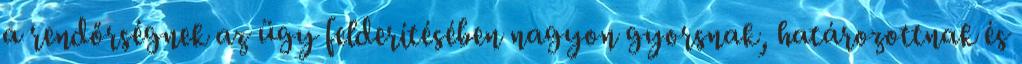
a rendőrségnek az ügy felderítésében nagyon gyorsnak, határozottnak és